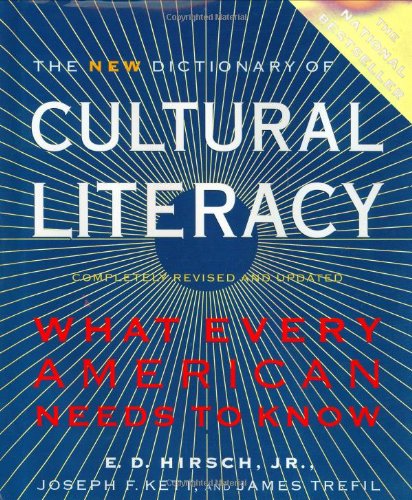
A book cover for The New Dictionary of Cultural Literacy: What Every American Needs to Know; E. D. Hirsch; Science & Math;